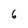
Character: 6